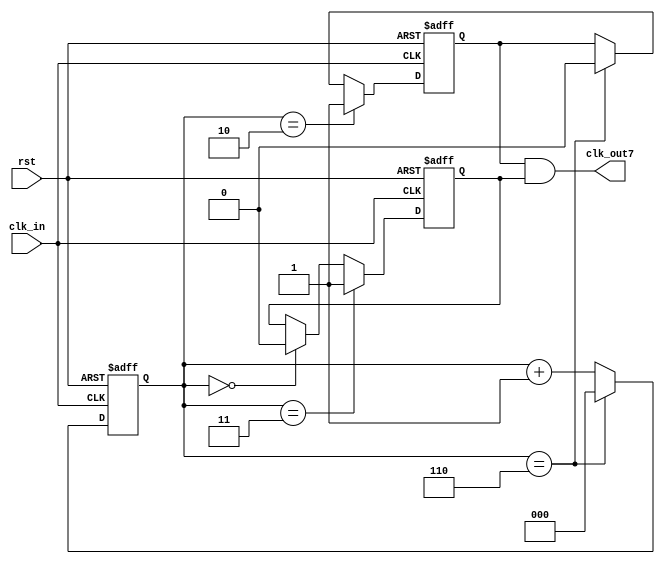
// ======================================================================
// Copyright (c) 2022-2023 All rights reserved
// ======================================================================
// Affiliation  : Tsinghua Univ & NeuraMatrix
// Revise Date  : 2023-01-16
// Description  : VL40 on nowcoder
// ======================================================================

module odo_div_or (
  input   wire  rst,
  input   wire  clk_in,
  output  wire  clk_out7
);

reg       clk_out7_pos;
reg       clk_out7_neg;
reg [2:0] cnt;

assign clk_out7 = clk_out7_pos & clk_out7_neg;

always @(posedge clk_in or negedge rst) begin
  if (~rst) begin
    cnt <= 3'd0;
  end
  else begin
    if (cnt == 3'd6) begin
      cnt <= 3'd0;
    end
    else begin
      cnt <= cnt + 3'd1;
    end
  end
end

always @(posedge clk_in or negedge rst) begin
  if (~rst) begin
    clk_out7_pos <= 1'b0;
  end
  else begin
    if (cnt == 3'd2) begin
      clk_out7_pos <= 1'b1;
    end
    else if (cnt == 3'd6) begin
      clk_out7_pos <= 1'b0;
    end
  end
end

always @(negedge clk_in or negedge rst) begin
  if (~rst) begin
    clk_out7_neg <= 1'b0;
  end
  else begin
    if (cnt == 3'd3) begin
      clk_out7_neg <= 1'b1;
    end
    else if (cnt == 3'd0) begin
      clk_out7_neg <= 1'b0;
    end
  end
end

endmodule